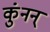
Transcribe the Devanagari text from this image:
कुंनन्